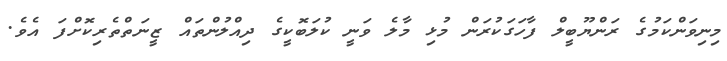
މިނިވަންކަމުގެ ރަންޔޫބީލް ފާހަގަކުރަން މުޅި މާލެ ވަނީ ކުލަބޮކީގެ ދިއްލުންތައް ޒީނަތްތެރިކޮށްފަ އެވެ.